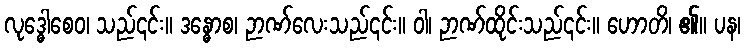
လုဒ္ဓေါစေဝ၊ သည်၎င်း။ ဒန္ဓောစ၊ ဉာဏ်လေးသည်၎င်း။ ဝါ၊ ဉာဏ်ထိုင်းသည်၎င်း။ ဟောတိ၊ ၏။ ပန၊